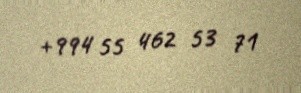
+994 55 462 53 71